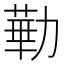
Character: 𪟥